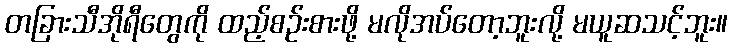
တခြားသီအိုရီတွေကို ထည့်စဉ်းစားဖို့ မလိုအပ်တော့ဘူးလို့ မယူဆသင့်ဘူး။